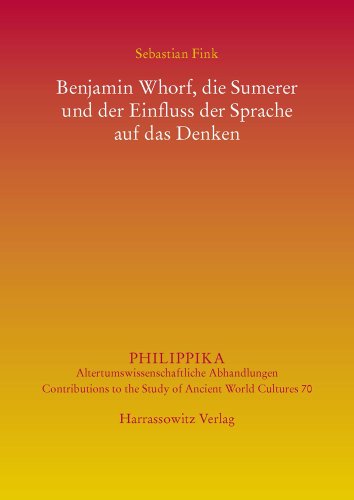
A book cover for Benjamin Whorf, Die Sumerer Und Der Einfluss Der Sprache Auf Das Denken (Philippika) (German Edition); Sebastian Fink; History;